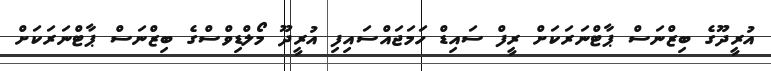
އުރީދޫގެ ބިޒްނަސް ޕާޓްނަރަކަށް ރީފް ސައިޑް ހަމަޖައްސައިފި އުރީދޫ މޯލްޑިވްސްގެ ބިޒްނަސް ޕާޓްނަރަކަށް